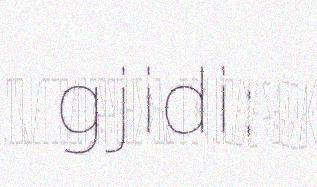
gjidi: